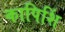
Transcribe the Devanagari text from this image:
कापिशिं